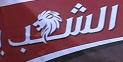
الشب